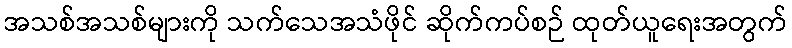
အသစ်အသစ်များကို သက်သေအသံဖိုင် ဆိုက်ကပ်စဉ် ထုတ်ယူရေးအတွက်